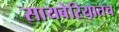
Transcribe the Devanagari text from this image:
सायबेरियातच